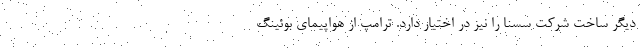
دیگر ساخت شرکت سسنا را نیز در اختیار دارد. ترامپ از هواپیمای بوئینگ